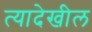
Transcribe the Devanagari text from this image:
त्यादेखील